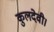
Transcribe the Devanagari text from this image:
कुलदेवी।